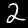
Digit: 2